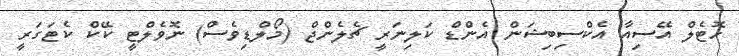
ހޮޓެލް އޭސިއާ އެކްސިބިޝަން އެންޑް ކަލިނަރީ ޗެލެންޖް (މޯލްޑިވެސް) ނޮވެލްޓީ ކޭކް ކެޓަގަރީ